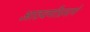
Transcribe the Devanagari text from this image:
आठवणीप्रमाणे